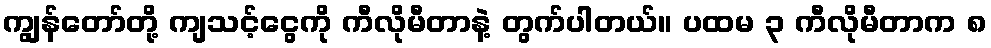
ကျွန်တော်တို့ ကျသင့်ငွေကို ကီလိုမီတာနဲ့ တွက်ပါတယ်။ ပထမ ၃ ကီလိုမီတာက ၈